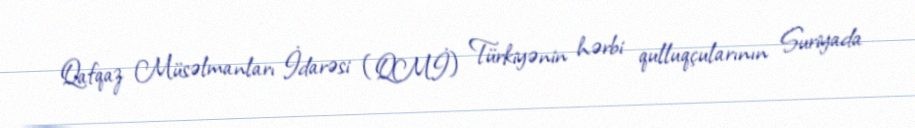
Qafqaz Müsəlmanları İdarəsi (QMİ) Türkiyənin hərbi qulluqçularının Suriyada